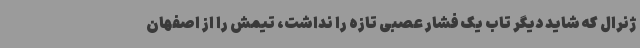
ژنرال که شاید دیگر تاب یک فشار عصبی تازه را نداشت، تیمش را از اصفهان